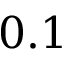
0 . 1